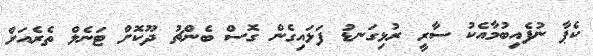
ކެޕާ ނުފެއިބުމާއެކު ސާރީ ރުޅިގަނޑު ފަޅައިގެން ގޮސް ބެންޗު ދޫކޮށް ޓަނެލް ތެރެއަށް